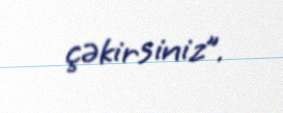
çəkirsiniz”.